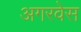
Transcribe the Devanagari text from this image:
अगरवेस